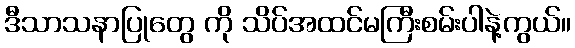
ဒီသာသနာပြုတွေ ကို သိပ်အထင်မကြီးစမ်းပါနဲ့ကွယ်။